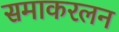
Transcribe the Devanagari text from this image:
समाकरलन